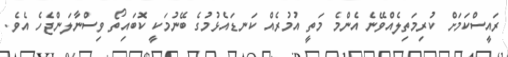
ރައީސްކަމަށް ކުރިމަތިލެއްވޭނެ އެންމެ މަތީ އުމުރެެއް ކަނޑައެޅުމުގެ ބޭނުމަކީ ކޮބައިތޯ ވިސްނާލަންޖެހެ އެވެ.